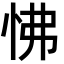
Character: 怫